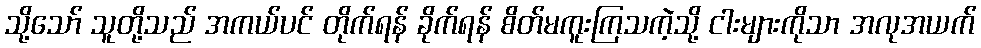
သို့သော် သူတို့သည် အကယ်ပင် တိုက်ရန် ခိုက်ရန် စိတ်မကူးကြသကဲ့သို့ ငါးများကိုသာ အလုအယက်